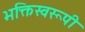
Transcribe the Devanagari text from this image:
भक्तिस्वरूपी